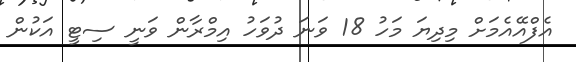
އެފްއޭއެމަށް މިދިޔަ މަހު 18 ވަނަ ދުވަހު އިމްރާން ވަނީ ސިޓީ އަކުން